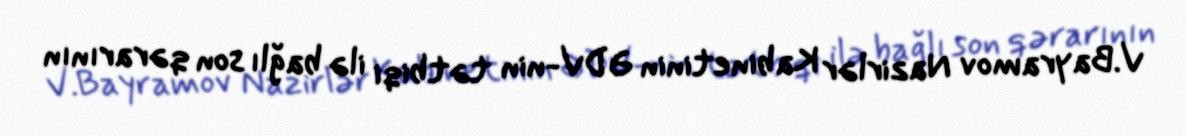
V.Bayramov Nazirlər Kabinetinin ƏDV-nin tətbiqi ilə bağlı son qərarının